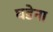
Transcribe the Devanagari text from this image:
घडेना